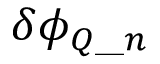
\delta \phi _ { Q \_ n }